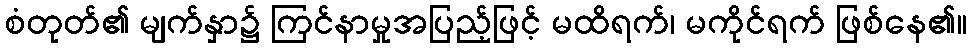
စံတုတ်၏ မျက်နှာ၌ ကြင်နာမှုအပြည့်ဖြင့် မထိရက်၊ မကိုင်ရက် ဖြစ်နေ၏။